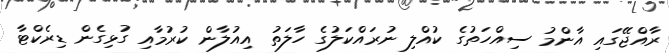
ރާއްޖޭގައި އާންމު ސިއްހަތުގެ ކުއްލި ނުރައްކަލުގެ ހާލަތު އިއުލާން ކުރުމާއި ގުޅިގެން ޑިރެކްޓާ